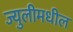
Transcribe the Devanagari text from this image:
ज्युलीमधील